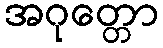
အဂုတ္တော